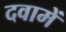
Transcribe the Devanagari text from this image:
दवामें